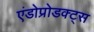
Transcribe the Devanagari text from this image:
एंडोप्रोडक्ट्स